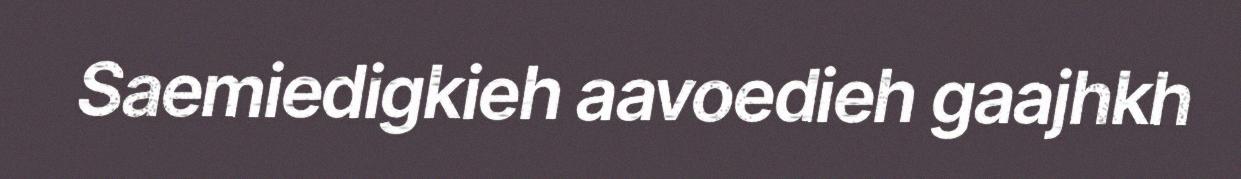
Saemiedigkieh aavoedieh gaajhkh